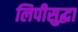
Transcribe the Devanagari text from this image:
लिपीसुद्धा